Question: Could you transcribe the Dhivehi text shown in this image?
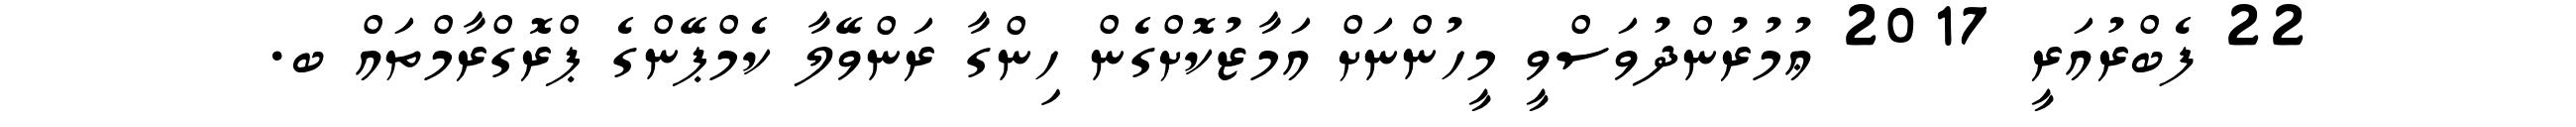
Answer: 22 ފެބްރުއަރީ 2017 ޢުމުރުންދުވަސްވީ މީހުންނަށް އަމާޒުކޮށްގެން ހިންގާ ރަންވޭލާ ކެމްޕޭންގެ ޕްރޮގްރާމްތައް ބ.